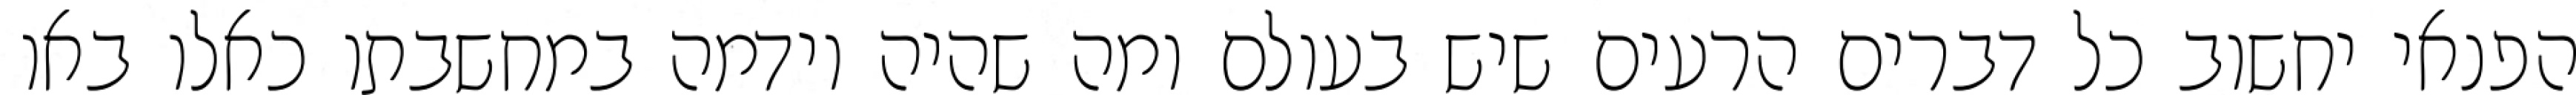
הפנאי יחשוב כל דברים הרעים שיש בעולם ומה שהיה וידמה במחשבתו כאלו באו